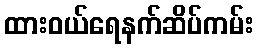
ထားဝယ်ရေနက်ဆိပ်ကမ်း